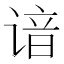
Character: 谙